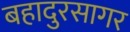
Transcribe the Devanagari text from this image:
बहादुरसागर